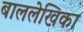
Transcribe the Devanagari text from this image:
बाललेखिका